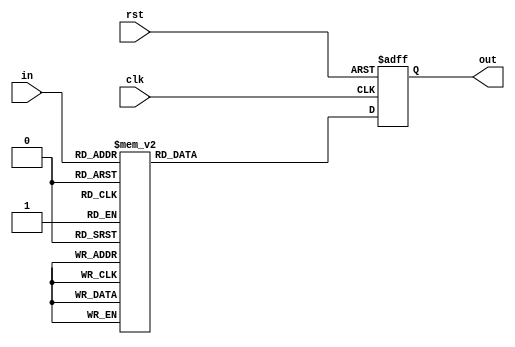
module Traductor(in,out,clk,rst);
input wire clk,rst;
input wire [3:0]in;
output reg [10:0]out;


always@(posedge clk, posedge rst)
	if (rst)
		begin
		out <= 11'd0;
		end
	else
		case(in)
			4'b0000: out <= 11'd1666;
			4'b0001: out <= 11'd999;
			4'b0010: out <= 11'd666;
			4'b0011: out <= 11'd499;
			4'b0100: out <= 11'd399;
			4'b0101: out <= 11'd332;
			4'b0110: out <= 116'd285;
			4'b0111: out <= 11'd249;
			4'b1000: out <= 11'd221;
			4'b1001: out <= 11'd199;
			4'b1010: out <= 11'd181;
			4'b1011: out <= 11'd165;
			4'b1100: out <= 11'd152;
			4'b1101: out <= 11'd141;
			4'b1110: out <= 11'd132;
			4'b1111: out <= 11'd124;
			default out <= 11'd0;
		endcase
endmodule